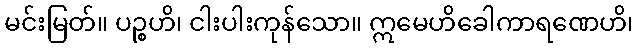
မင်းမြတ်။ ပဉ္စဟိ၊ ငါးပါးကုန်သော။ ဣမေဟိခေါကာရဏေဟိ၊